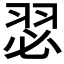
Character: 𮶊